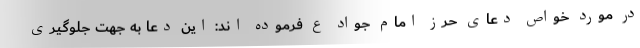
در مورد خواص دعای حرز امام جواد ع فرموده اند: این دعا به جهت جلوگیری